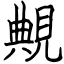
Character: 覥